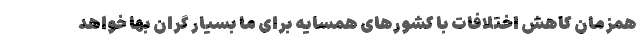
همزمان کاهش اختلافات با کشورهای همسایه برای ما بسیار گران بها خواهد